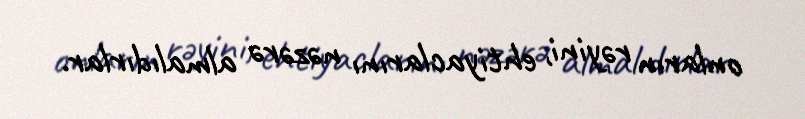
onların rəyini, ehtiyaclarını nəzərə almalıdırlar.